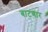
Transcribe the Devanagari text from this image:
बाटणार